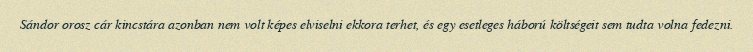
Sándor orosz cár kincstára azonban nem volt képes elviselni ekkora terhet, és egy esetleges háború költségeit sem tudta volna fedezni.